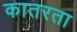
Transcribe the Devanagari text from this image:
कातरता